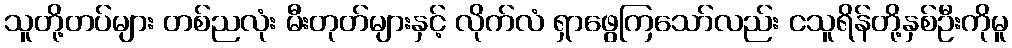
သူတို့တပ်များ တစ်ညလုံး မီးတုတ်များနှင့် လိုက်လံ ရှာဖွေကြသော်လည်း ငသူရိန်တို့နှစ်ဦးကိုမူ